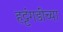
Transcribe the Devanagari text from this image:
हट्टंगडींच्या